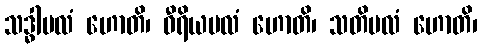
သဒ္ဓါဗလံ ဟောတိ၊ ဝီရိယဗလံ ဟောတိ၊ သတိဗလံ ဟောတိ၊